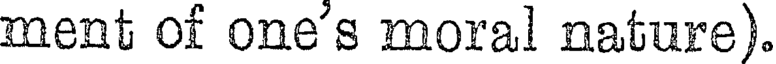
ment of one's moral nature).